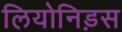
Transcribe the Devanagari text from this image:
लियोनिड़स